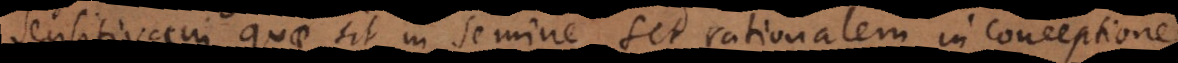
sensitivam, quae sit in semine, sed rationalem in conceptione